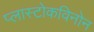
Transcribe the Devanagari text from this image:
प्लास्टोकविनोन